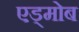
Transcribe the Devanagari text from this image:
एड्मोब